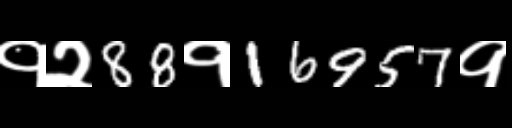
Text: १२88१16957१